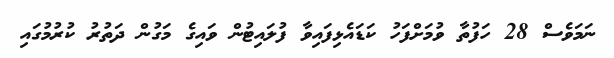
ނަމަވެސް 28 ހަފުތާ ވުމަށްފަހު ކަޑައެޅިފައިވާ ފުލައިޓުން ވައިގެ މަގުން ދަތުރު ކުރުމުގައި